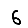
Digit: 6